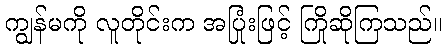
ကျွန်မကို လူတိုင်းက အပြုံးဖြင့် ကြိုဆိုကြသည်။